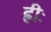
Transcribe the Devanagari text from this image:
ह्रीः